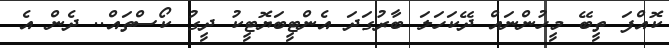
ކޮއްފަ ތީބޭ މީހުންނައް ދޭކަހަލަ ބާރުގަދަ އެންޓީބަޔޮޓީކު ދީގު ކޯސްތައް.. ދެން އެ